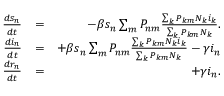
\begin{array} { r l r } { \frac { d s _ { n } } { d t } } & { = } & { - \beta s _ { n } \sum _ { m } P _ { n m } \frac { \sum _ { k } P _ { k m } N _ { k } i _ { k } } { \sum _ { k } P _ { k m } N _ { k } } . } \\ { \frac { d i _ { n } } { d t } } & { = } & { + \beta s _ { n } \sum _ { m } P _ { n m } \frac { \sum _ { k } P _ { k m } N _ { k } i _ { k } } { \sum _ { k } P _ { k m } N _ { k } } - \gamma i _ { n } } \\ { \frac { d r _ { n } } { d t } } & { = } & { + \gamma i _ { n } . } \end{array}